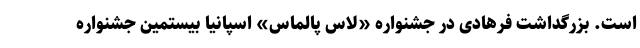
است. بزرگداشت فرهادی در جشنواره «لاس پالماس» اسپانیا بیستمین جشنواره